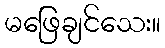
မဖြေချင်သေး။